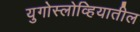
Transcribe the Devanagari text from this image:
युगोस्लोव्हियातील